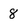
Character: 8